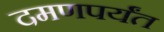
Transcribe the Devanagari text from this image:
दमणपर्यंत